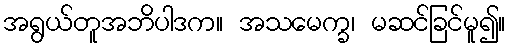
အရွယ်တူအဘိပါဒက။ အသမေက္ခ၊ မဆင်ခြင်မူ၍။